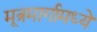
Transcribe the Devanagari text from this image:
मूत्रमार्गामध्ये